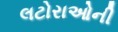
લટોરાઓની